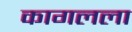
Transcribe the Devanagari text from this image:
कागलला